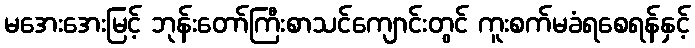
မအေးအေးမြင့် ဘုန်းတော်ကြီးစာသင်ကျောင်းတွင် ကူးစက်မခံရစေရန်နှင့်